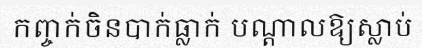
កញ្ចក់ចិនបាក់ធ្លាក់ បណ្តាលឱ្យស្លាប់